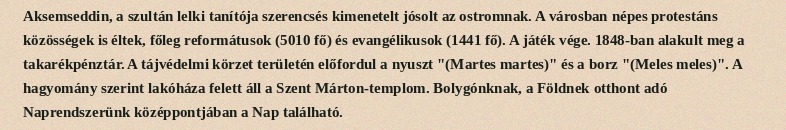
Aksemseddin, a szultán lelki tanítója szerencsés kimenetelt jósolt az ostromnak. A városban népes protestáns közösségek is éltek, főleg reformátusok (5010 fő) és evangélikusok (1441 fő). A játék vége. 1848-ban alakult meg a takarékpénztár. A tájvédelmi körzet területén előfordul a nyuszt "(Martes martes)" és a borz "(Meles meles)". A hagyomány szerint lakóháza felett áll a Szent Márton-templom. Bolygónknak, a Földnek otthont adó Naprendszerünk középpontjában a Nap található.